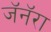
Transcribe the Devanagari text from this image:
जॅनॅरा